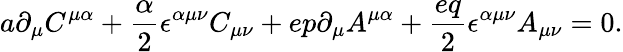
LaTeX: a\partial_{\mu}C^{\mu\alpha}+{\frac{\alpha}{2}}\epsilon^{\alpha\mu\nu}C_{\mu\nu}+ep\partial_{\mu}A^{\mu\alpha}+{\frac{eq}{2}}\epsilon^{\alpha\mu\nu}A_{\mu\nu}=0.